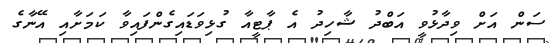
ސަން އަށް ވިދާޅުވީ އަބްދު ޝާހިދު އެ ޕާޓީއާ ގުޅިވަޑައިގެންފައިވާ ކަމަށާއި އޭނާގެ